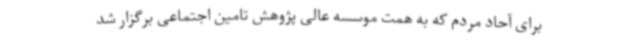
برای آحاد مردم که به همت موسسه عالی پژوهش تامین اجتماعی برگزار شد